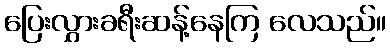
ပြေးလွှားခရီးဆန့်နေကြ လေသည်။